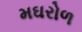
મઘરોળ